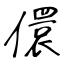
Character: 儇